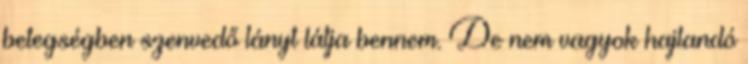
betegségben szenvedő lányt látja bennem. De nem vagyok hajlandó